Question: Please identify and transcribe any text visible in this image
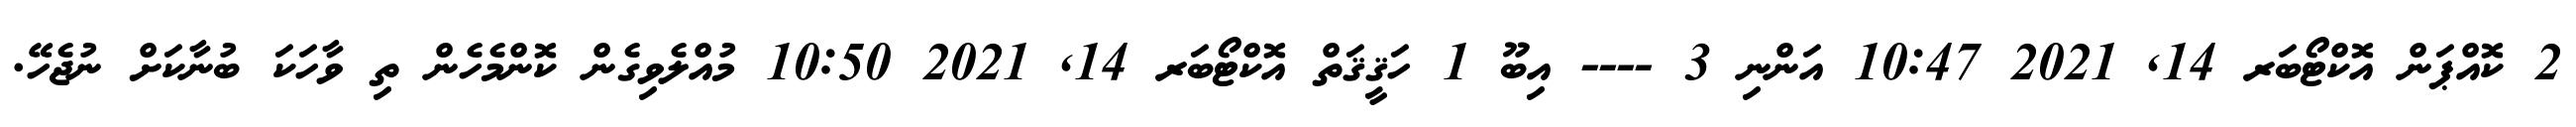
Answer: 2 ކޮއްޕަން އޮކްޓޯބަރ 14, 2021 10:47 އަންނި 3 ---- އިބޫ 1 ހަޤީޤަތް އޮކްޓޯބަރ 14, 2021 10:50 މުއްލެވިގެން ކޮންމެހެން ތި ވާހަކަ ބުނާކަށް ނުޖެހޭ.